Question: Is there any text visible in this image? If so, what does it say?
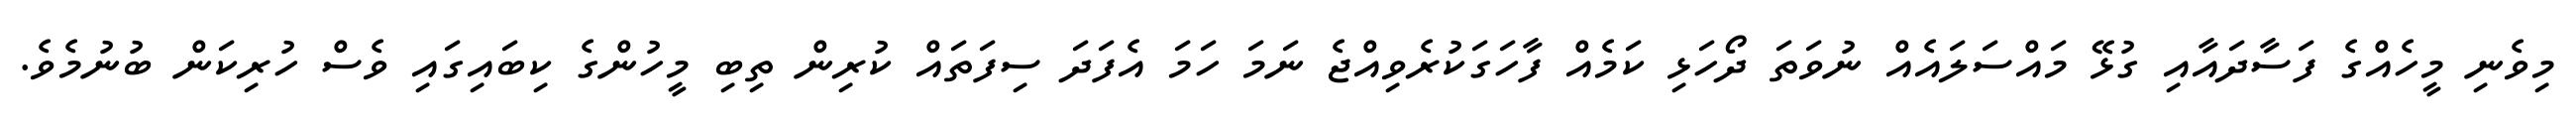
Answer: މިވެނި މީހެއްގެ ފަސާދައާއި ގުޅޭ މައްސަލައެއް ނުވަތަ ދޯހަޅި ކަމެއް ފާހަގަކުރެވިއްޖެ ނަމަ ހަމަ އެފަދަ ސިފަތައް ކުރިން ތިބި މީހުންގެ ކިބައިގައި ވެސް ހުރިކަން ބުނުމެވެ.